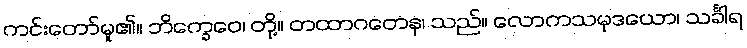
ကင်းတော်မူ၏။ ဘိက္ခေဝေ၊ တို့။ တထာဂတေန၊ သည်။ လောကသမုဒယော၊ သင်္ခါရ